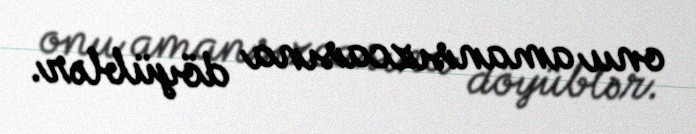
onu amansızcasına döyüblər.